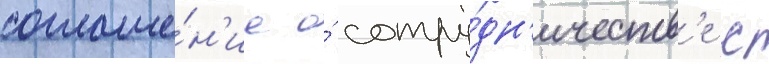
соглаше́н'ие о́ сотру́дн'ичеств'е с